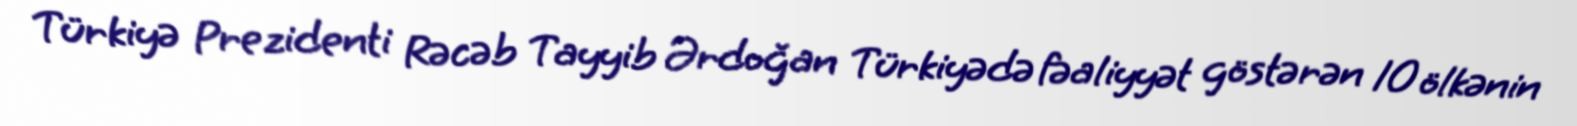
Türkiyə Prezidenti Rəcəb Tayyib Ərdoğan Türkiyədə fəaliyyət göstərən 10 ölkənin